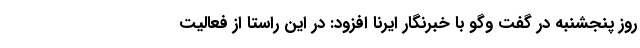
روز پنجشنبه در گفت وگو با خبرنگار ایرنا افزود: در این راستا از فعالیت